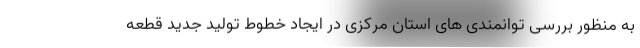
به منظور بررسی توانمندی های استان مرکزی در ایجاد خطوط تولید جدید قطعه